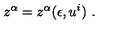
z ^ { \alpha } = z ^ { \alpha } ( \epsilon , u ^ { i } ) \ .